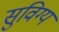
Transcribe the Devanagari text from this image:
सुविग्य